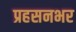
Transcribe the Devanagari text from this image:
प्रहसनभर